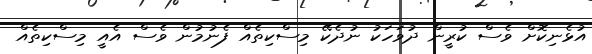
އުޅެނިކޮށް ވެސް ކުރީން ދުވަހަކު ނުދެކޭ މިސްކިތެއް ފެނުމުން ވެސް އެއީ މިސްކިތެއް